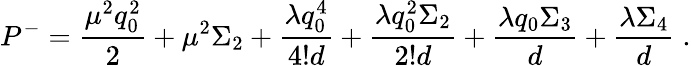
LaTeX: P^{-}={\frac{\mu^{2}q_{0}^{2}}{2}}+\mu^{2}\Sigma_{2}+{\frac{\lambda q_{0}^{4}}{4!d}}+{\frac{\lambda q_{0}^{2}\Sigma_{2}}{2!d}}+{\frac{\lambda q_{0}\Sigma_{3}}{d}}+{\frac{\lambda\Sigma_{4}}{d}}\; .